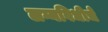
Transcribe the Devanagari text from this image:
लग्नविधीचे